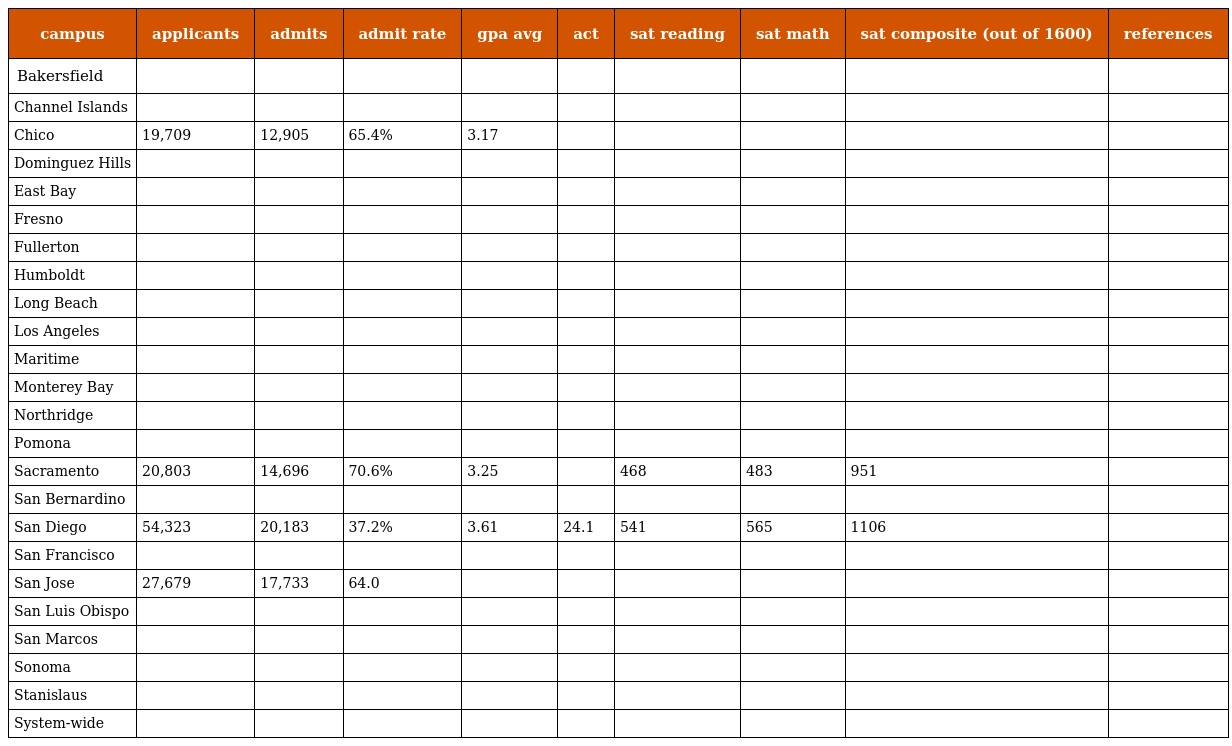
| campus | applicants | admits | admit rate | gpa avg | act | sat reading | sat math | sat composite (out of 1600) | references |
 | --- | --- | --- | --- | --- | --- | --- | --- | --- | --- |
 | Bakersfield |  |  |  |  |  |  |  |  |  |
 | Channel Islands |  |  |  |  |  |  |  |  |  |
 | Chico | 19,709 | 12,905 | 65.4% | 3.17 |  |  |  |  |  |
 | Dominguez Hills |  |  |  |  |  |  |  |  |  |
 | East Bay |  |  |  |  |  |  |  |  |  |
 | Fresno |  |  |  |  |  |  |  |  |  |
 | Fullerton |  |  |  |  |  |  |  |  |  |
 | Humboldt |  |  |  |  |  |  |  |  |  |
 | Long Beach |  |  |  |  |  |  |  |  |  |
 | Los Angeles |  |  |  |  |  |  |  |  |  |
 | Maritime |  |  |  |  |  |  |  |  |  |
 | Monterey Bay |  |  |  |  |  |  |  |  |  |
 | Northridge |  |  |  |  |  |  |  |  |  |
 | Pomona |  |  |  |  |  |  |  |  |  |
 | Sacramento | 20,803 | 14,696 | 70.6% | 3.25 |  | 468 | 483 | 951 |  |
 | San Bernardino |  |  |  |  |  |  |  |  |  |
 | San Diego | 54,323 | 20,183 | 37.2% | 3.61 | 24.1 | 541 | 565 | 1106 |  |
 | San Francisco |  |  |  |  |  |  |  |  |  |
 | San Jose | 27,679 | 17,733 | 64.0 |  |  |  |  |  |  |
 | San Luis Obispo |  |  |  |  |  |  |  |  |  |
 | San Marcos |  |  |  |  |  |  |  |  |  |
 | Sonoma |  |  |  |  |  |  |  |  |  |
 | Stanislaus |  |  |  |  |  |  |  |  |  |
 | System-wide |  |  |  |  |  |  |  |  |  |